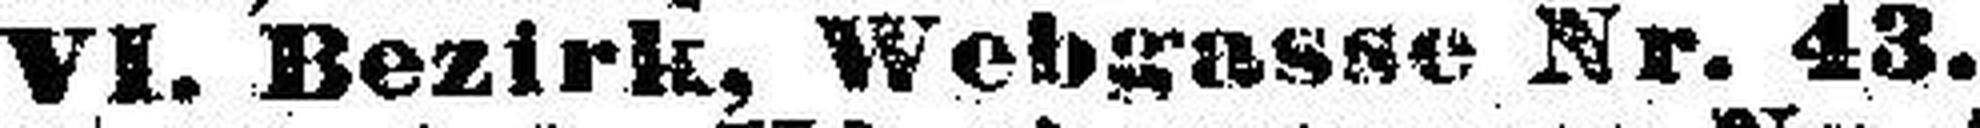
VI. Bezirk, Webgasse Nr. 43.